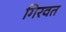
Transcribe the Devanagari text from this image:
गिरवत